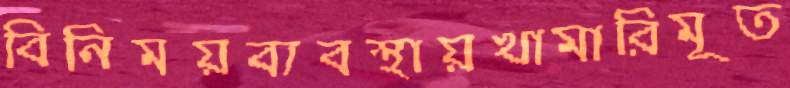
বিনিময়ব্যবস্থায়খামারিমূত